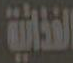
الغذائية